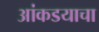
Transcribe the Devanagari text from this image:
आंकडयाचा